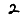
Digit: 2